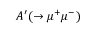
A ^ { \prime } ( \rightarrow \mu ^ { + } \mu ^ { - } )